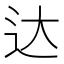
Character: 达